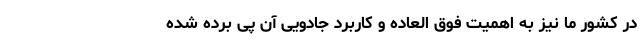
در کشور ما نیز به اهمیت فوق العاده و کاربرد جادویی آن پی برده شده